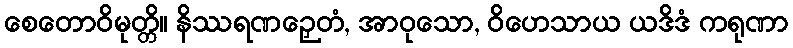
စေတောဝိမုတ္တိ။ နိဿရဏဉှေတံ, အာဝုသော, ဝိဟေသာယ ယဒိဒံ ကရုဏာ